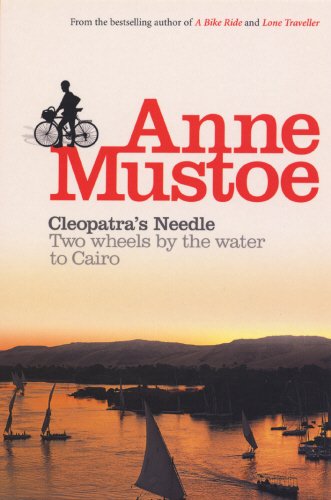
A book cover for Cleopatra's Needle: Two Wheels by the Water to Cairo; Anne Mustoe; Travel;